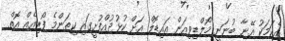
އެކަމަކު އޭނާ ބުނަނީ މޯލްޑިވިއަން އައިޑޮލް އަށް ކުޅުދުއްފުށީގައި ކިތަންމެ ފޯރިއެއް އޮތް